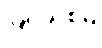
ပြင်သစ်မှ